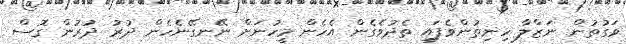
ވަގުތުން ނަޒްލާ ހިނިތުންވެފައި ތެދުވެގެން އެހެން މީހުނަށް ނޭނގޭނެހެން ދުރު ދުރުން ގޮސް